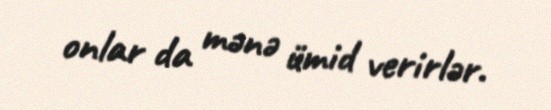
onlar da mənə ümid verirlər.